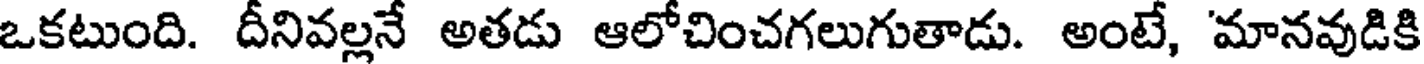
ఒకటుంది. దీనివల్లనే అతడు ఆలోచించగలుగుతాడు. అంటే, 'మానవుడికి